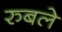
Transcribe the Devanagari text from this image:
रुबले